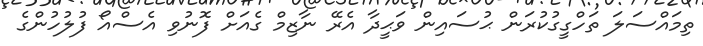
ތިމައްސަލަ ތަހްގީގުކުރަން ޙުސައިން ވަޙީދާ އެރޭ ނާޒިމް ގެއަށް ފޮނުވި އެސްއޯ ފުލުހުންގެ